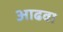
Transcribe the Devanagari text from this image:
आढवा